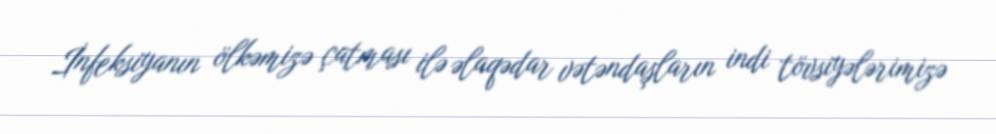
İnfeksiyanın ölkəmizə çatması ilə əlaqədar vətəndaşların indi tövsiyələrimizə